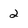
Character: 2